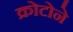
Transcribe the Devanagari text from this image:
क्रोटोने